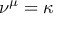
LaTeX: \nu ^ { \mu } = \kappa